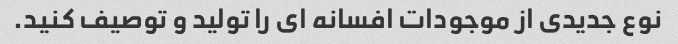
نوع جدیدی از موجودات افسانه ای را تولید و توصیف کنید.